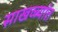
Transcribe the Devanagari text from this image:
साखळ्यांत